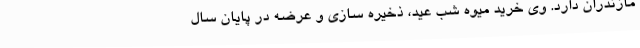
مازندران دارد. وی خرید میوه شب عید، ذخیره سازی و عرضه در پایان سال